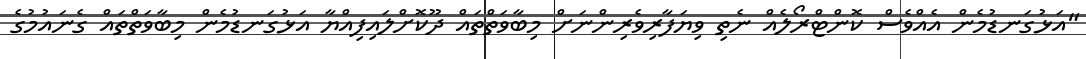
"އަޅުގަނޑުމެން އެއްވެސް ކޮންޓްރޯލެއް ނެތި ވިޔަފާރިވެރިންނަށް މިބާވަތްތައް ދޫކޮށްލައިފިއްޔާ އަޅުގަނޑުމެން މިބާވަތްތައް ގެނައުމުގެ